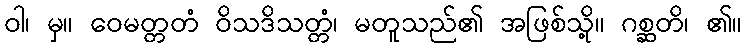
ဝါ၊ မှ။ ဝေမတ္တတံ ဝိသဒိသတ္တံ၊ မတူသည်၏ အဖြစ်သို့။ ဂစ္ဆတိ၊ ၏။